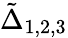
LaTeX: \tilde{\Delta}_{1,2,3}